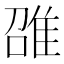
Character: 𲉪